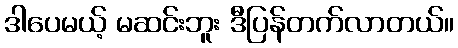
ဒါပေမယ့် မဆင်းဘူး ဒီပြန်တက်လာတယ်။